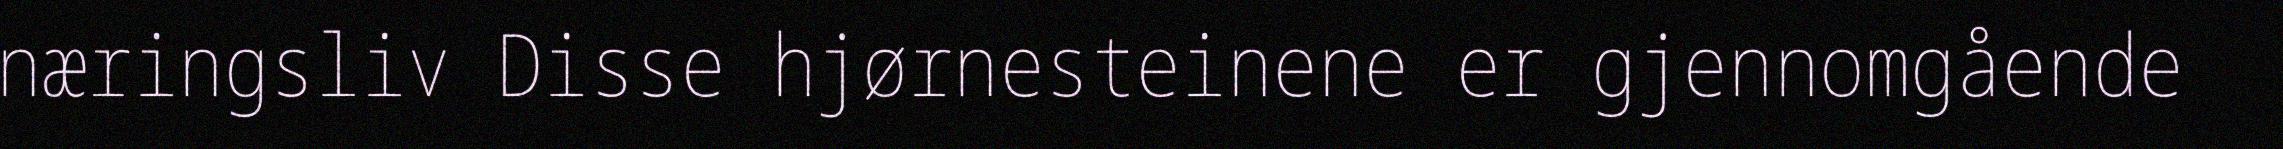
næringsliv Disse hjørnesteinene er gjennomgående